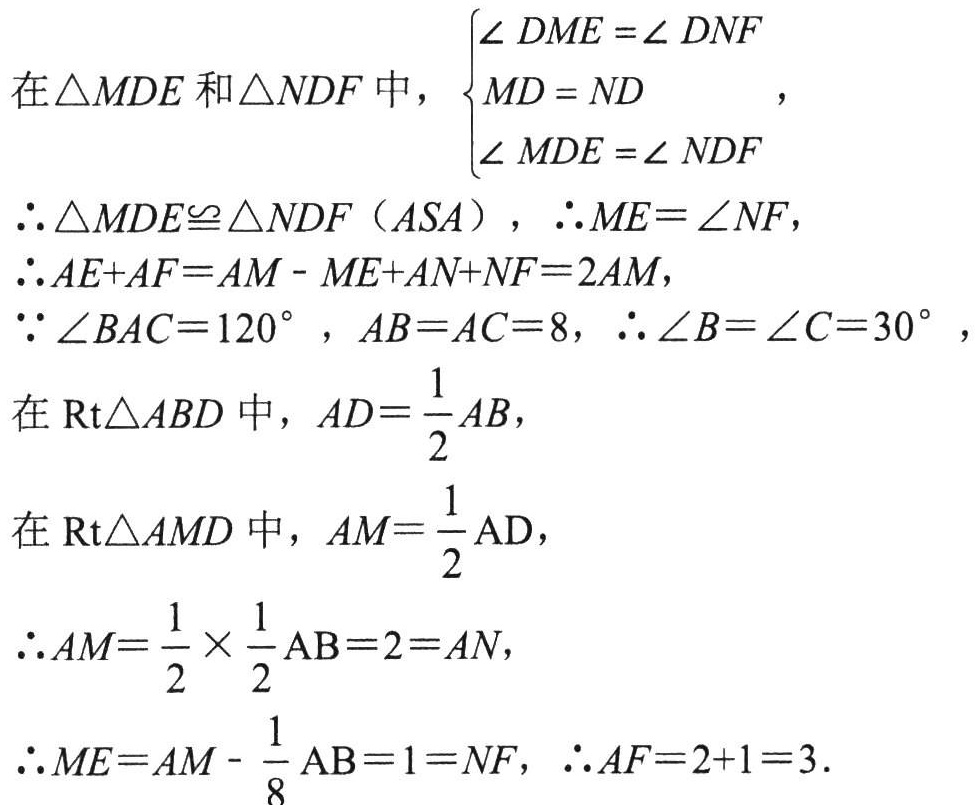
在\(\triangle MDE\)和\(\triangle NDF\)中，\(\begin{cases}
\angle DME = \angle DNF \\
MD = ND \\
\angle MDE = \angle NDF
\end{cases}\)，
\(\therefore \triangle MDE\cong \triangle NDF（ASA）\)，\(\therefore ME = NF\)，
\(\therefore AE + AF = AM - ME + AN + NF = 2AM\)，
\(\because \angle BAC = 120^{\circ}\)，\(AB = AC = 8\)，\(\therefore \angle B = \angle C = 30^{\circ}\)，
在\(Rt\triangle ABD\)中，\(AD = \frac{1}{2}AB\)，
在\(Rt\triangle AMD\)中，\(AM = \frac{1}{2}AD\)，
\(\therefore AM = \frac{1}{2} \times \frac{1}{2}AB = 2 = AN\)，
\(\therefore ME = AM - \frac{1}{8}AB = 1 = NF\)，\(\therefore AF = 2 + 1 = 3\)．